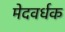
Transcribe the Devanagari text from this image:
मेदवर्धक